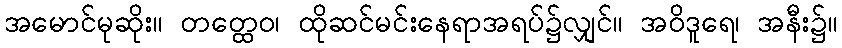
အမောင်မုဆိုး။ တတ္ထေဝ၊ ထိုဆင်မင်းနေရာအရပ်၌လျှင်။ အဝိဒူရေ၊ အနီး၌။